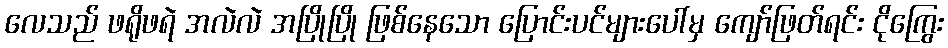
လေသည် ဖရိုဖရဲ အလဲလဲ အပြိုပြို ဖြစ်နေသော ပြောင်းပင်များပေါ်မှ ကျော်ဖြတ်ရင်း ငိုကြွေး